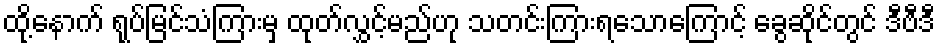
ထို့နောက် ရုပ်မြင်သံကြားမှ ထုတ်လွှင့်မည်ဟု သတင်းကြားရသောကြောင့် ခွေဆိုင်တွင် ဒီဗီဒီ